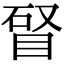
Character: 䀾